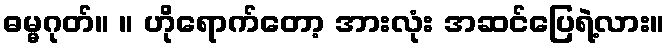
ဓမ္မဂုတ်။ ။ ဟိုရောက်တော့ အားလုံး အဆင်ပြေရဲ့လား။